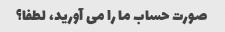
صورت حساب ما را می آورید، لطفا؟